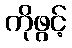
ကိုဖွင့်